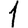
Digit: 1